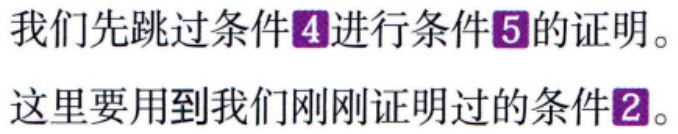
我们先跳过条件\(4\)进行条件\(5\)的证明。
这里要用到我们刚刚证明过的条件\(2\)。